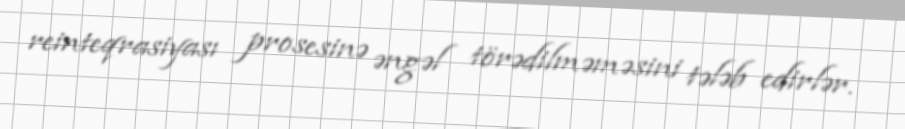
reinteqrasiyası prosesinə əngəl törədilməməsini tələb edirlər.